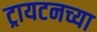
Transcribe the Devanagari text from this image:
ट्रायटनच्या